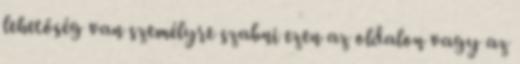
lehetőség van személyre szabni ezen az oldalon vagy az